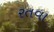
રતવા